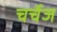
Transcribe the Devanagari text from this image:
चर्चेज